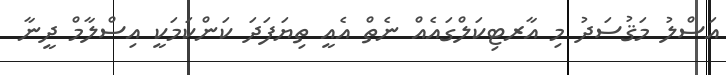
އަސްލު މަޤުސަދު މި އާރޓިކަލްގައެއް ނެތް އެއީ ތިޔަފަދަ ކަންކަމަކީ އިސްލާމް ދީނާ